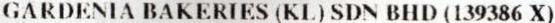
GARDENIA BAKERIES (KL) SDN BHD (139386 X)